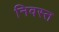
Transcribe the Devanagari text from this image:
निवस्त